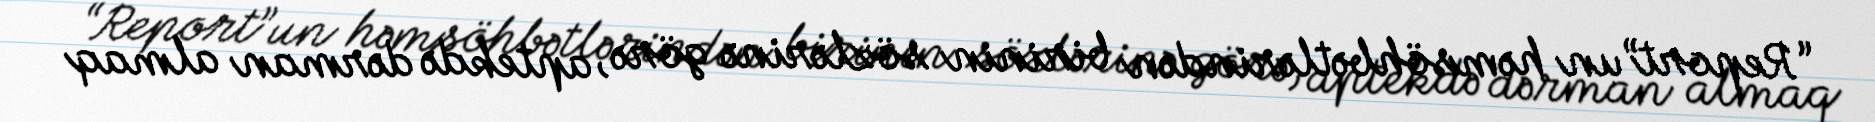
“Report”un həmsöhbətlərindən birinin sözlərinə görə, aptekdə dərman almaq